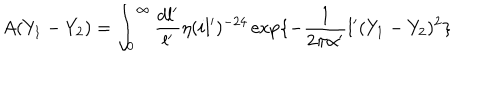
A ( Y _ { 1 } - Y _ { 2 } ) = \int _ { 0 } ^ { \infty } \frac { d l ^ { \prime } } { l ^ { \prime } } \eta ( i l ^ { \prime } ) ^ { - 2 4 } \exp \{ - \frac { 1 } { 2 \pi \alpha ^ { \prime } } l ^ { \prime } ( Y _ { 1 } - Y _ { 2 } ) ^ { 2 } \}